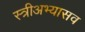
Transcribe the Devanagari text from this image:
स्त्रीअभ्यासव